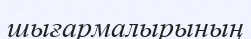
шығармалырының